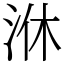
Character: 㳜